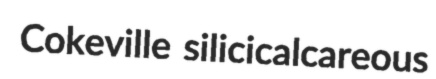
Cokeville silicicalcareous